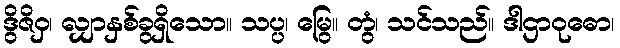
ဒွိဇိဝှ၊ လျှာနှစ်ခွရှိသော။ သပ္ပ၊ မြွေ။ တွံ၊ သင်သည်။ ဒါဌာဝုဓော၊